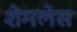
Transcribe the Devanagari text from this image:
शेमलेस